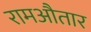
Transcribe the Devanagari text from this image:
रामऔतार